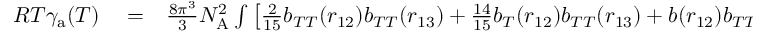
\begin{array} { r l r } { R T \gamma _ { \mathrm { a } } ( T ) } & { { } = } & { \frac { 8 \pi ^ { 3 } } { 3 } N _ { \mathrm { A } } ^ { 2 } \int \left[ \frac { 2 } { 1 5 } b _ { T T } ( r _ { 1 2 } ) b _ { T T } ( r _ { 1 3 } ) + \frac { 1 4 } { 1 5 } b _ { T } ( r _ { 1 2 } ) b _ { T T } ( r _ { 1 3 } ) + b ( r _ { 1 2 } ) b _ { T T } ( r _ { 1 3 } ) + \right. } \end{array}